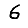
Digit: 6